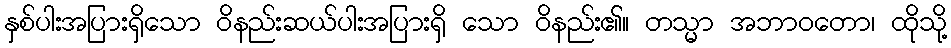
နှစ်ပါးအပြားရှိသော ဝိနည်းဆယ်ပါးအပြားရှိ သော ဝိနည်း၏။ တသ္မာ အဘာဝတော၊ ထိုသို့